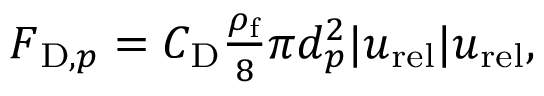
\begin{array} { r } { \boldsymbol { F } _ { \mathrm { D } , p } = C _ { \mathrm { D } } \frac { \rho _ { \mathrm { f } } } { 8 } \pi d _ { p } ^ { 2 } | \boldsymbol { u } _ { \mathrm { r e l } } | \boldsymbol { u } _ { \mathrm { r e l } } , } \end{array}